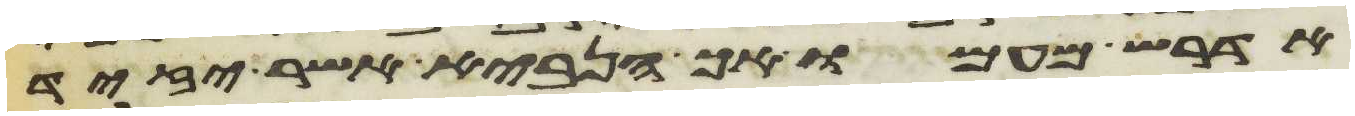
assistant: אדרש מעמו אך הנביא אשר יזיד